Plague in India, 1896, 1897 - Volume 3
Year: 1896
Disease focus: Plague
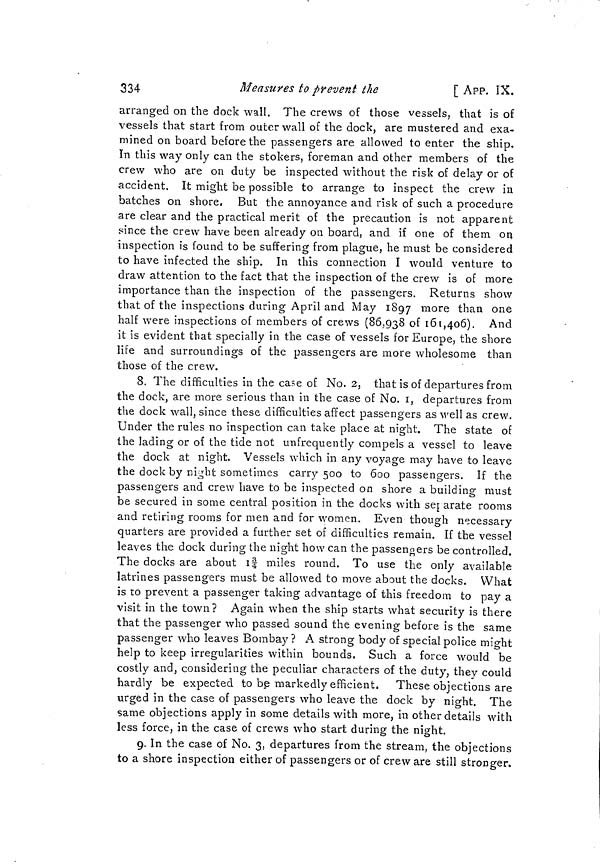
334
Measures to prevent the
[ APP. IX.
arranged on the dock wall. The crews of those vessels, that is of
vessels that start from outer wall of the dock, are mustered and exa-
mined on board before the passengers are allowed to enter the ship.
In this way only can the stokers, foreman and other members of the
crew who are on duty be inspected without the risk of delay or of
accident. It might be possible to arrange to inspect the crew in
batches on shore, But the annoyance and risk of such a procedure
are clear and the practical merit of the precaution is not apparent
since the crew have been already on board, and if one of them on
inspection is found to be suffering from plague, he must be considered
to have infected the ship. In this connection I would venture to
draw attention to the fact that the inspection of the crew is of more
importance than the inspection of the passengers. Returns show
that of the inspections during April and May 1897 mor e than one
half were inspections of members of crews (86,938 of 161,406). And
it is evident that specially in the case of vessels for Europe, the shore
life and surroundings of the passengers are more wholesome than
those of the crew.
8. The difficulties in the case of No. 2, that is of departures from
the dock, are more serious than in the case of No. i, departures from
the dock wall, since these difficulties affect passengers as well as crew.
Under the rules no inspection can take place at night. The state of
the lading or of the tide not unfrequently compels a vessel to leave
the dock at night. Vessels which in any voyage may have to leave
the dock by night sometimes carry 500 to 600 passengers. If the
passengers and crew have to be inspected on shore a building must
be secured in some central position in the docks with separate rooms
and retiring rooms for men and for women. Even though necessary
quarters are provided a further set of difficulties remain. If the vessel
leaves the dock during the night how can the passengers be controlled.
The docks are about 13/4 miles round. To use the only available
latrines passengers must be allowed to move about the docks. What
is to prevent a passenger taking advantage of this freedom to pay a
visit in the town? Again when the ship starts what security is there
that the passenger who passed sound the evening before is the same
passenger who leaves Bombay ? A strong body of special police might
help to keep irregularities within bounds. Such a force would be
costly and, considering the peculiar characters of the duty, they could
hardly be expected to be markedly efficient. These objections are
urged in the case of passengers who leave the dock by night. The
same objections apply in some details with more, in other details with
less force, in the case of crews who start during the night.
9. In the case of No. 3, departures from the stream, the objections
to a shore inspection either of passengers or of crew are still stronger.